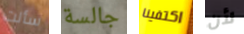
سألت جالسة اكتفينا لأن